Annual administration report of the Civil Veterinary Department of India - 1897-1898
Year: 1897
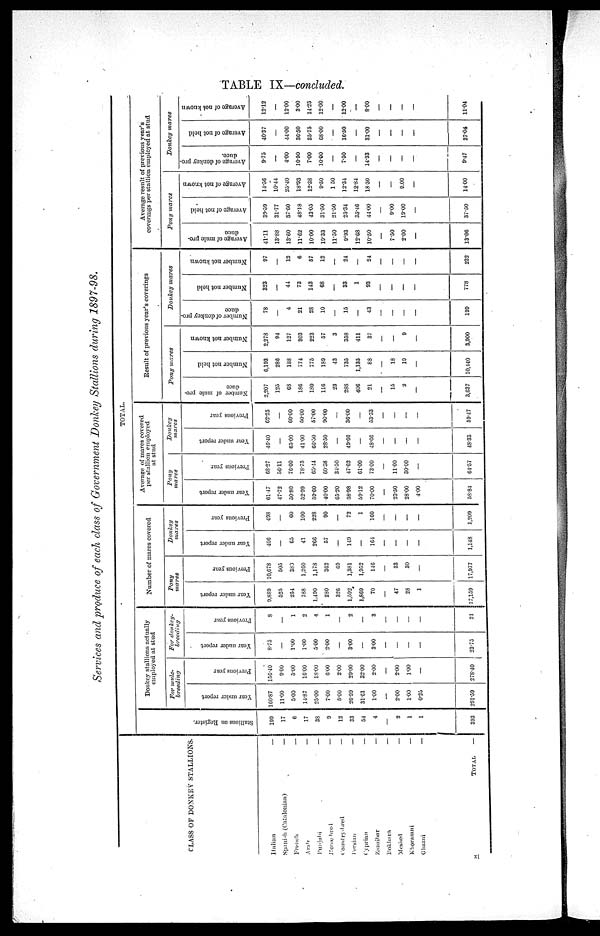
TABLE IX—concluded.
Services and produce of each class of Government Donkey Stallions during 1897—98.
CLASS OF DONKEY STALLIONS.
Italian
—
Spanish (Catalonian)
—
French
—
Arab
—
Punjabi
—
Homebred
—
Country—bred
—
Peresin
—
Cyprian
—
Zanzibar
—
Bokhara
—
Meshed
—
Khorasani
—
Ghazni
—
TOTAL
—
TOTAL.
St al l
i
ons on Register.
199
17
6
17
38
9
12
33
54
4
—
2
1
1
393
Donkey stallions actually
employed at stud.
For mule—
breeding
Year under report
160.87
11.00
5.00
14.87
25.00
7.00
5.00
26.99
31.61
1.00
—
2.00
1.00
0.25
291.59
Previous year
156.40
9.00
5.00
16.00
18.00
6.00
2.00
29.00
32.00
2.00
—
2.00
1.00
—
278.40
For donkey—
breeding
Year under report
8.73
—
1.00
1.00
5.00
2.00
—
3.00
—
3.00
—
—
—
—
23.75
Previous year
8
—
1
2
4
1
—
2
—
3
—
—
—
—
21
Number of mares covered
Pony
mares
Year under report
9,889
525
254
788
1,190
280
326
1,592
1,869
70
—
47
28
1
17,159
Previous year
10,678
505
383
1,260
1,178
362
69
1,381
1,952
146
—
33
30
—
17,977
Donkey
mares
Year under report
406
—
65
41
266
57
—
149
—
164
—
—
—
—
1,148
Previous year
498
—
60
100
228
90
—
72
1
160
—
—
—
—
1,209
Average of mares covered
per stallion employed
at stud
Pony
mares
Year under report
61.47
47.72
50.80
52.99
59.60
40.00
65.20
58.98
59.12
70.00
—
23.50
28.00
4.00
58.84
Previous year.
68.27
56.11
76.60
78.75
65.44
60.38
34.50
47.62
61.00
73.00
—
11.00
30.00
—
64.57
Donkey
mares
Year under report
46.40
—
65.00
41.00
66.50
28.50
—
49.66
—
48.66
—
—
—
—
48.33
Previous year
62.25
—
60.00
50.00
57.00
90.00
—
36.00
—
53.33
—
—
—
—
59.47
Result of previous year's coverings
Pony
mares
Number of mule pro-
duce
2,207
125
68
186
180
116
23
288
400
21
—
15
2
—
3,637
Number not held
6,193
286
188
774
775
189
43
735
1,135
88
—
18
19
—
10,440
Number not known
2,278
94
127
303
223
57
3
358
411
37
—
—
9
—
3,900
Donkey
mares
Number of donkey pro-
duce
78
—
4
21
23
10
—
15
—
43
—
—
—
—
199
Number not held
323
—
44
73
143
68
—
33
1
93
—
—
—
—
778
Number not known
97
—
12
6
57
12
—
24
—
24
—
—
—
—
232
Average result of previous year's
coverings per stallion employed at stud
Pony
mares
Average of mule pro-
duce
41.11
13.88
13.60
11.62
10.00
19.33
11.50
9.93
12.68
10.50
—
7.50
2.00
—
13.06
Average of not held
39.59
31.77
37.60
48.18
43.05
31.50
21.50
25.34
35.46
44.00
9.00
19.00
—
37.50
Average of not known
14.56
10.44
25.40
18.93
12.38
9.50
1.50
12.34
12.84
18.50
—
—
9.00
—
14.00
Donkey
mares
A verage of donkey pro-
duce.
9.75
—
4.00
10.50
7.00
10.00
—
7.50
—
14.33
—
—
—
—
9.47
Average of not held
40.37
—
44.00
36.50
35.75
68.00
—
16.50
—
31.00
—
—
—
—
37.04
Average of not known
12.12
—
12.00
3.00
14.25
12.00
—
12.00
—
8.00
—
—
—
—
11.04
xli